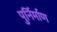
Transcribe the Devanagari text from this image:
पुर्निर्माण